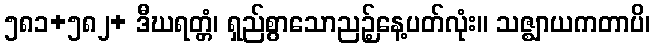
၅၈၁+၅၈၂+ ဒီဃရတ္တံ၊ ရှည်စွာသောညဉ့်နေ့ပတ်လုံး။ သဇ္ဈာယကတာပိ၊